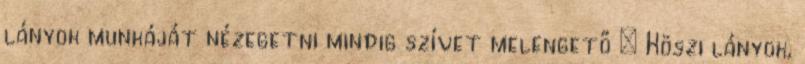
lányok munkáját nézegetni mindig szívet melengető : Köszi lányok,